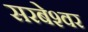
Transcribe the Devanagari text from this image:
सरबेश्‍वर